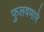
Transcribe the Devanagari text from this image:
फुलवणारे